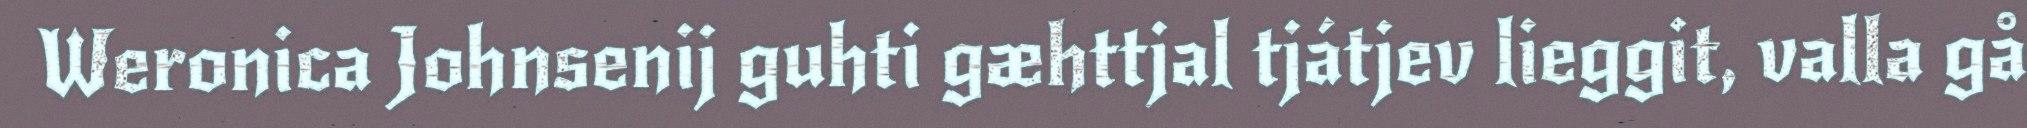
Weronica Johnsenij guhti gæhttjal tjátjev lieggit, valla gå